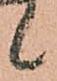
候